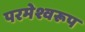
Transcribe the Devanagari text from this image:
परमेश्वरूप